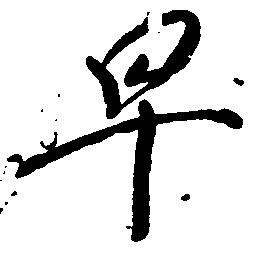
早